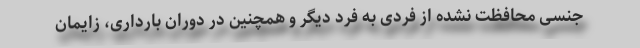
جنسی محافظت نشده از فردی به فرد دیگر و همچنین در دوران بارداری، زایمان